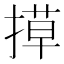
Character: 𭡶